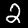
Digit: 2